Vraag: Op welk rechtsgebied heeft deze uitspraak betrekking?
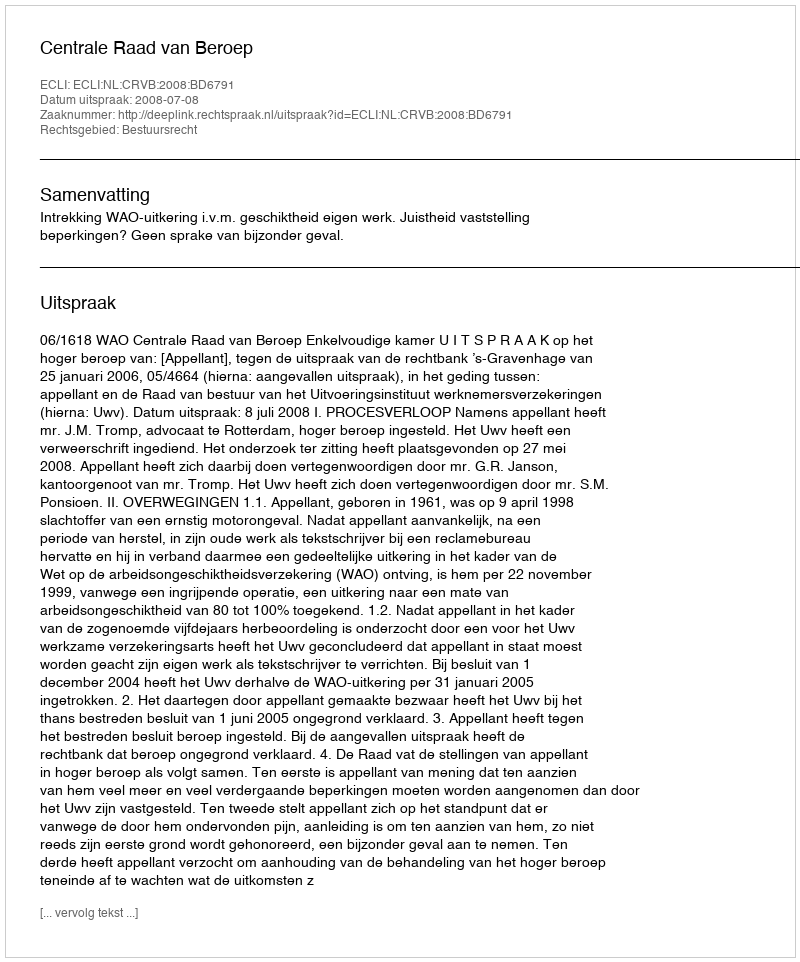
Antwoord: Bestuursrecht